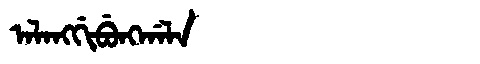
Manchu: ᠠᠯᠠᠩᡤᡳᠪᡠᠩᡤᠠᠯᠠ
Romanization: ALANGGIBUNGGALA